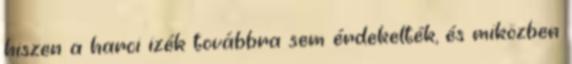
hiszen a harci izék továbbra sem érdekelték, és miközben